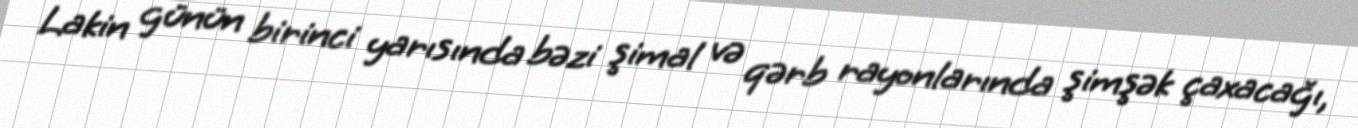
Lakin günün birinci yarısında bəzi şimal və qərb rayonlarında şimşək çaxacağı,